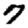
Digit: 7